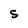
Character: 5